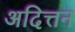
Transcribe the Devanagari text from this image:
अदित्तन